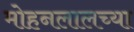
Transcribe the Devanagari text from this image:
मोहनलालच्या